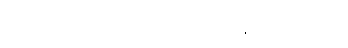
ရှုမြင်ခံရမည့် ဧည့်သည်မျိုးသာ ဖြစ်တော့သည်။